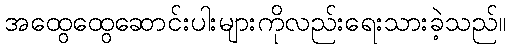
အထွေထွေဆောင်းပါးများကိုလည်းရေးသားခဲ့သည်။